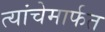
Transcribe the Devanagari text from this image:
त्यांचेमार्फत